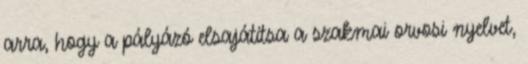
arra, hogy a pályázó elsajátítsa a szakmai orvosi nyelvet,